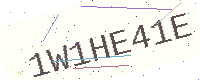
Text: 1W1HE41E